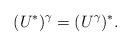
LaTeX: \begin{align*}(U^*)^{\gamma}=(U^{\gamma})^{*}.\end{align*}